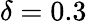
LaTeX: \delta=0.3